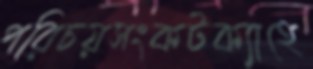
পরিচয়সংকটক্যাহে